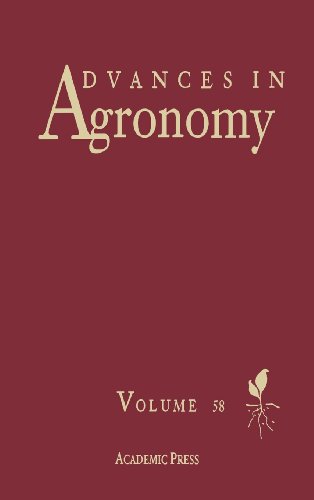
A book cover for Advances in Agronomy, Volume 58; Crafts, Hobbies & Home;